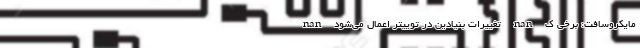
nan تغییرات بنیادین در توییتر اعمال می‌شود nan مایکروسافت: برخی ک